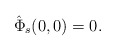
\begin{align*}\hat \Phi_s(0,0) = 0.\end{align*}